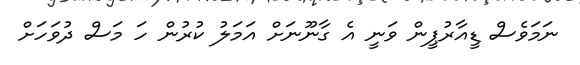
ނަމަވެސް ޑީއާރުޕީން ވަނީ އެ ގާނޫނަށް އަމަލު ކުރުން ހަ މަސް ދުވަހަށް